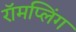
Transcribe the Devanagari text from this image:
रॉमप्लिंग